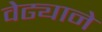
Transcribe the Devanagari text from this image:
वेढ्याने